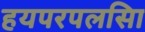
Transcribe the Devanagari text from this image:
हयपरपलसिा